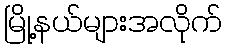
မြို့နယ်များအလိုက်